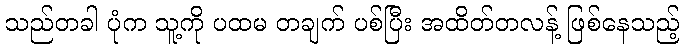
သည်တခါ ပုံက သူ့ကို ပထမ တချက် ပစ်ပြီး အထိတ်တလန့် ဖြစ်နေသည့်